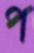
প